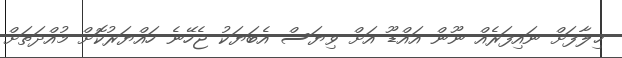
ޚިލާފަށް ނައިފަރެއް ނޫން އައްޑޫ އަށް ވިޔަސް އެބަޔަކު ޖެހޭނެ ހައްޔަރުކޮށް މުއްދަތަށް